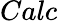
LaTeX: Calc